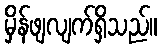
မှိန်ဖျလျက်ရှိသည်။